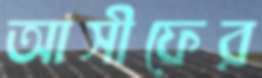
আসীফের